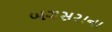
બગસરાના